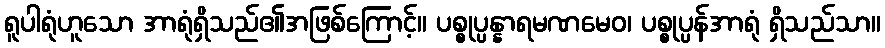
ရူပါရုံဟူသော အာရုံရှိသည်၏အဖြစ်ကြောင့်။ ပစ္စုပ္ပန္နာရမဏမေဝ၊ ပစ္စုပ္ပန်အာရုံ ရှိသည်သာ။